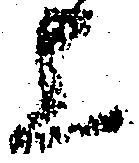
上